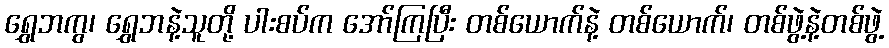
ရွှေဘကွ၊ ရွှေဘနဲ့သူတို့ ပါးစပ်က အော်ကြပြီး တစ်ယောက်နဲ့ တစ်ယောက်၊ တစ်ဖွဲ့နဲ့တစ်ဖွဲ့